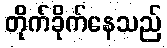
တိုက်ခိုက်နေသည်